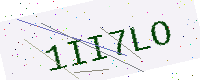
Text: 1II7LO